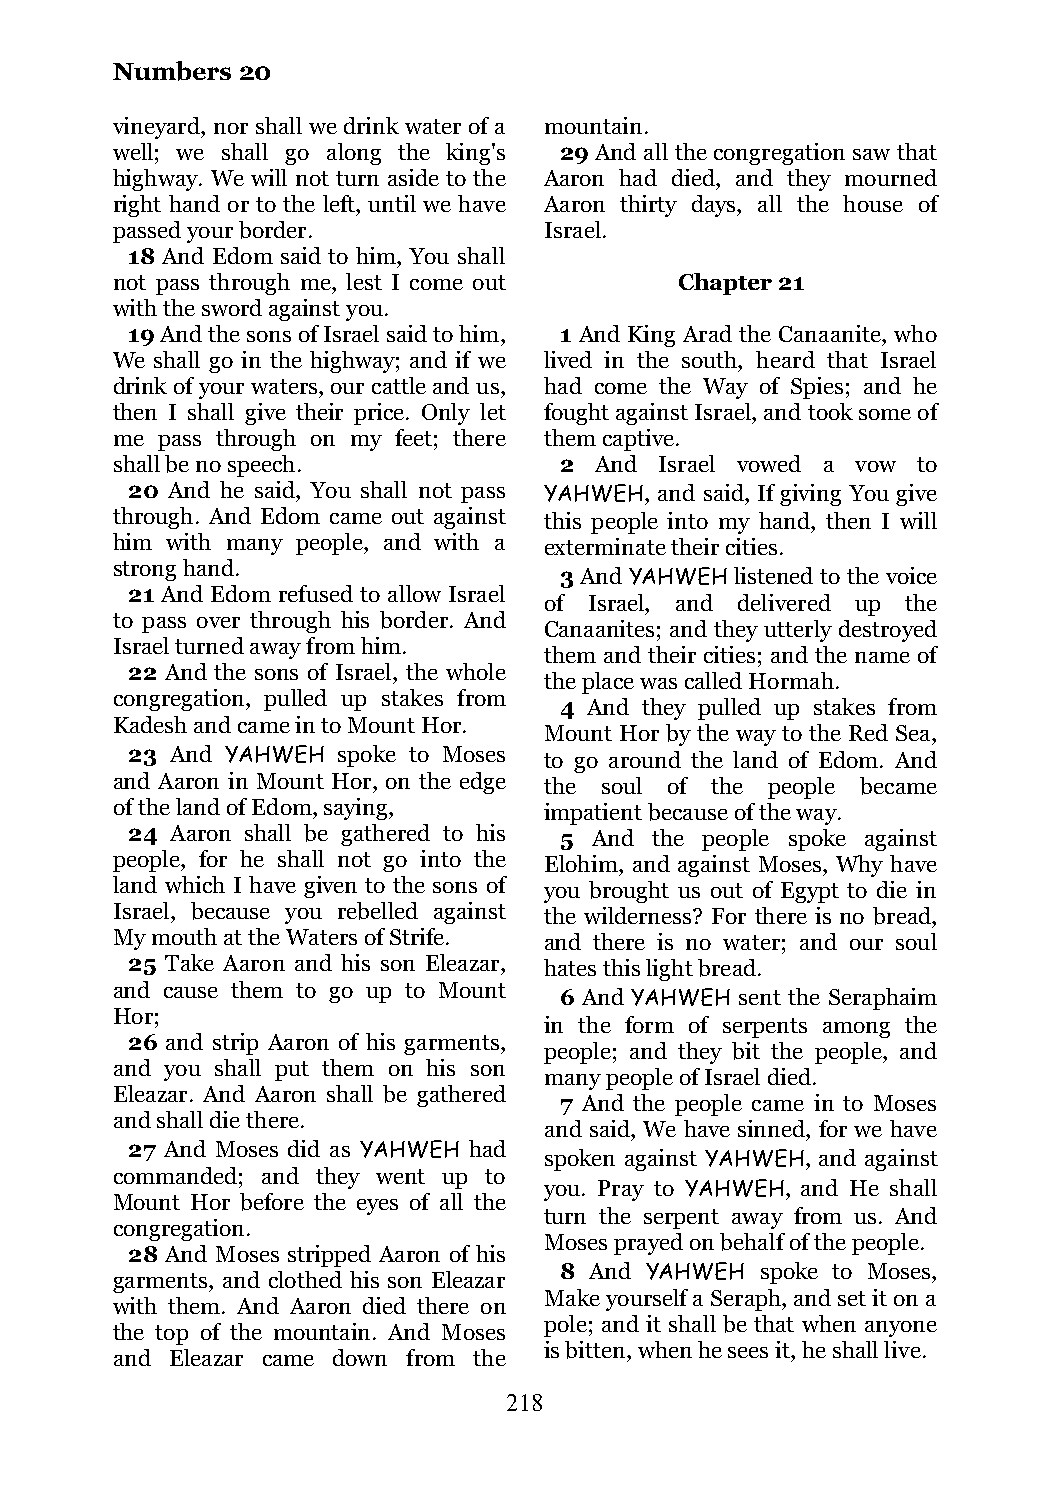
Numbers  20
 vineyard, nor shall we drink water of a mountain.
 well; we shall go along the king's 29 And all the congregation saw that
 highway. We will not turn aside to the Aaron had died, and they mourned
 right hand or to the left, until we have Aaron thirty days, all the house of
 passed your border.          Israel.
 18 And Edom said to him, You shall
 not pass through me, lest I come out  Chapter 21
 with the sword against you.
 19 And the sons of Israel said to him, 1 And King Arad the Canaanite, who
 We shall go in the highway; and if we lived in the south, heard that Israel
 drink of your waters, our cattle and us, had come the Way of Spies; and he
 then I shall give their price. Only let fought against Israel, and took some of
 me pass through on my feet; there them captive.
 shall be no speech.           2 And  Israel vowed a vow to
 20 And he said, You shall not pass YAHWEH, and said, If giving You give
 through. And Edom came out against this people into my hand, then I will
 him with many people, and with a exterminate their cities.
 strong hand.
 3 And YAHWEH listened to the voice
 21 And Edom refused to allow Israel
 of Israel, and delivered up the
 to pass over through his border. And
 Canaanites; and they utterly destroyed
 Israel turned away from him.
 them and their cities; and the name of
 22 And the sons of Israel, the whole
 the place was called Hormah.
 congregation, pulled up stakes from
 4 And they pulled up stakes from
 Kadesh and came in to Mount Hor.
 Mount Hor by the way to the Red Sea,
 23 And YAHWEH spoke to Moses to go around the land of Edom. And
 and Aaron in Mount Hor, on the edge the soul of the people became
 of the land of Edom, saying, impatient because of the way.
 24 Aaron shall be gathered to his 5 And the people spoke against
 people, for he shall not go into the Elohim, and against Moses, Why have
 land which I have given to the sons of you brought us out of Egypt to die in
 Israel, because you rebelled against the wilderness? For there is no bread,
 My mouth at the Waters of Strife. and there is no water; and our soul
 25 Take Aaron and his son Eleazar, hates this light bread.
 and cause them to go up to Mount
 6 And YAHWEH sent the Seraphaim
 Hor;
 in the form of serpents among the
 26 and strip Aaron of his garments,
 people; and they bit the people, and
 and you shall put them on his son
 many people of Israel died.
 Eleazar. And Aaron shall be gathered
 7 And the people came in to Moses
 and shall die there.
 and said, We have sinned, for we have
 27 And Moses did as YAHWEH had
 spoken against YAHWEH, and against
 commanded; and they went up to
 you. Pray to YAHWEH, and He shall
 Mount Hor before the eyes of all the
 turn the serpent away from us. And
 congregation.
 Moses prayed on behalf of the people.
 28 And Moses stripped Aaron of his
 8 And YAHWEH spoke to Moses,
 garments, and clothed his son Eleazar
 Make yourself a Seraph, and set it on a
 with them. And Aaron died there on
 pole; and it shall be that when anyone
 the top of the mountain. And Moses
 is bitten, when he sees it, he shall live.
 and Eleazar came down from the
 218